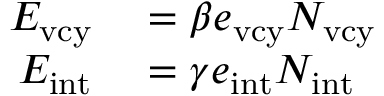
\begin{array} { r l } { E _ { \mathrm { v c y } } } & { { } = \beta e _ { \mathrm { v c y } } N _ { \mathrm { v c y } } } \\ { E _ { \mathrm { i n t } } } & { { } = \gamma e _ { \mathrm { i n t } } N _ { \mathrm { i n t } } } \end{array}